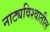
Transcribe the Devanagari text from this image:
नाट्यविश्वातील